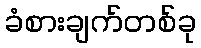
ခံစားချက်တစ်ခု